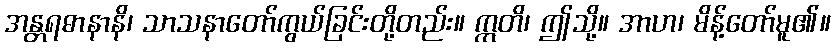
အန္တရဓာနာနိ၊ သာသနာတော်ကွယ်ခြင်းတို့တည်း။ ဣတိ၊ ဤသို့။ အာဟ၊ မိန့်တော်မူ၏။